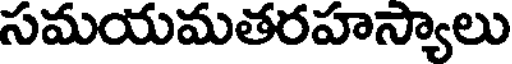
సమయమతరహస్యాలు